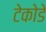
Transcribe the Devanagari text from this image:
टेकोडे